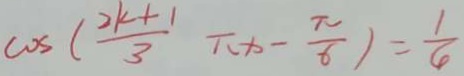
\cos ( \frac { 2 k + 1 } { 3 } \pi x - \frac { \pi } { 6 } ) = \frac { 1 } { 4 }